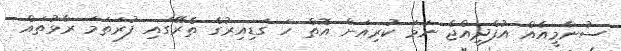
ސުނާމީއެއް އުފެދިއްޖެ ނަމަ ކުރިއަށް އޮތް ހަ ގަޑިއިރުގެ ތެރޭގައި ފުރަތަމަ ރާޅުތައް